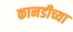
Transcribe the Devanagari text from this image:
कानडीच्या